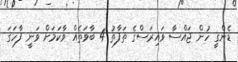
ޑެންގީ ހުން ޖައްސާ ވައިރަސްގެ ތަފާތު 4 ބާވަތެއް ވާކަމަށް ވަނީ ފާހަގަ